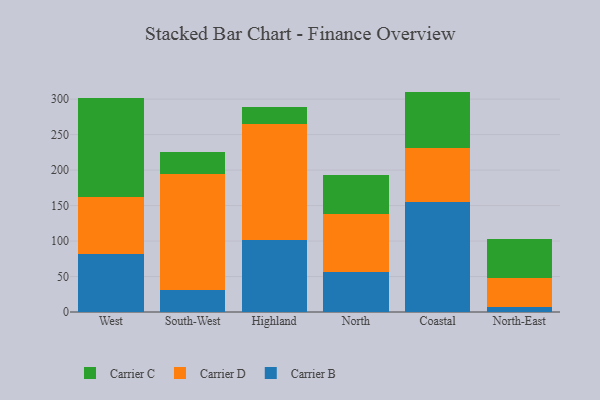
{"axis": {"x": "Region", "y": "Demand Index"}, "legend": ["Carrier B", "Carrier C", "Carrier D"], "data": [{"x": "West", "y": 81.6, "type": "Carrier B"}, {"x": "West", "y": 81.0, "type": "Carrier D"}, {"x": "West", "y": 139.3, "type": "Carrier C"}, {"x": "South-West", "y": 31.1, "type": "Carrier B"}, {"x": "South-West", "y": 163.7, "type": "Carrier D"}, {"x": "South-West", "y": 30.8, "type": "Carrier C"}, {"x": "Highland", "y": 101.6, "type": "Carrier B"}, {"x": "Highland", "y": 163.9, "type": "Carrier D"}, {"x": "Highland", "y": 22.8, "type": "Carrier C"}, {"x": "North", "y": 56.7, "type": "Carrier B"}, {"x": "North", "y": 82.0, "type": "Carrier D"}, {"x": "North", "y": 54.2, "type": "Carrier C"}, {"x": "Coastal", "y": 154.4, "type": "Carrier B"}, {"x": "Coastal", "y": 76.9, "type": "Carrier D"}, {"x": "Coastal", "y": 79.3, "type": "Carrier C"}, {"x": "North-East", "y": 6.7, "type": "Carrier B"}, {"x": "North-East", "y": 41.3, "type": "Carrier D"}, {"x": "North-East", "y": 55.1, "type": "Carrier C"}]}